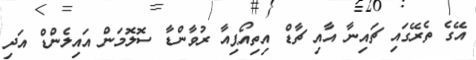
އޭގެ ތެރޭގައި ޗައިނާ އާއި ޗާޑް އިތިއޯޕިއާ ރުވާންޑާ ސޮލޮމަން އައިލެންޑް އަދި